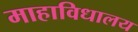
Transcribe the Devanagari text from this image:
माहाविधालय